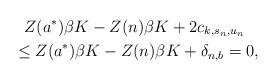
LaTeX: \begin{align*}&~~Z(a^*)\beta K -Z(n)\beta K+2c_{k,s_n,u_n} \\&\leq Z(a^*)\beta K -Z(n)\beta K+\delta_{n,b}=0,\end{align*}